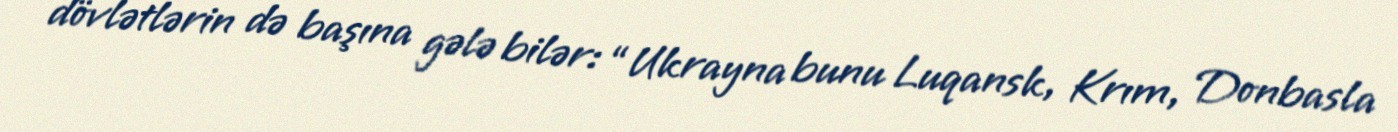
dövlətlərin də başına gələ bilər: “Ukrayna bunu Luqansk, Krım, Donbasla